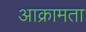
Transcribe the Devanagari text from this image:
आक्रामता